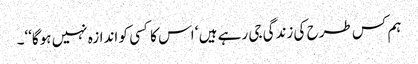
ہم کس طرح کی زندگی جی رہے ہیں ‘ اس کا کسی کو اندازہ نہیں ہوگا‘‘۔